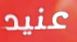
عنيد